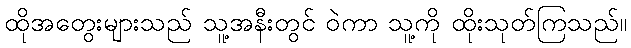
ထိုအတွေးများသည် သူ့အနီးတွင် ဝဲကာ သူ့ကို ထိုးသုတ်ကြသည်။